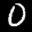
Label: 0